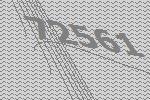
72561